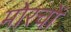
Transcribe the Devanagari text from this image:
मोरचों